Vaccination in the Punjab 1883-1896 - 1883-1896
Year: 1883
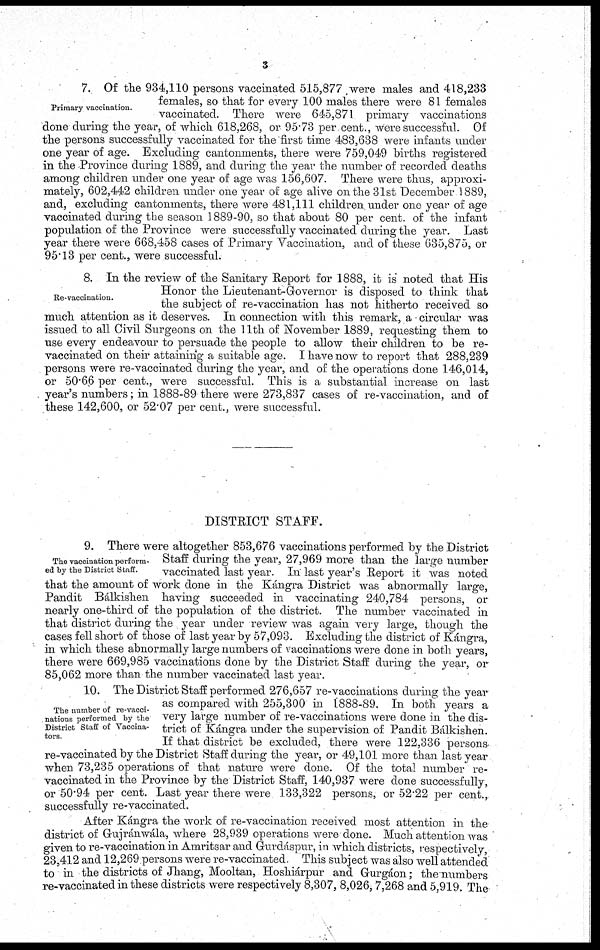
3
Primary vaccination.
7. Of the 934,110 persons vaccinated 515,877 were males and 418,233
females, so that for every 100 males there were 81 females
vaccinated. There were 645,871 primary vaccinations
done during the year, of which 618,268, or 95.73 per cent., were successful. Of
the persons successfully vaccinated for the first time 483,638 were infants under
one year of age. Excluding cantonments, there were 759,049 births registered
in the Province during 1889, and during the year the number of recorded deaths
among children under one year of age was 156,607. There were thus, approxi-
mately, 602,442 children under one year of age alive on the 31st December 1889,
and, excluding cantonments, there were 481,111 children under one year of age
vaccinated during the season 1889-90, so that about 80 per cent. of the infant
population of the Province were successfully vaccinated during the year. Last
year there were 668,458 cases of Primary Vaccination, and of these 635,875, or
95.13 per cent., were successful.
Re-vaccination.
8. In the review of the Sanitary Report for 1888, it is noted that His
Honor the Lieutenant-Governor is disposed to think that
the subject of re-vaccination has not hitherto received so
much attention as it deserves. In connection with this remark, a circular was
issued to all Civil Surgeons on the 11th of November 1889, requesting them to
use every endeavour to persuade the people to allow their children to be re-
vaccinated on their attaining a suitable age. I have now to report that 288,239
persons were re-vaccinated during the year, and of the operations done 146,014,
or 50.66 per cent., were successful. This is a substantial increase on last
year's numbers; in 1888-89 there were 273,837 cases of re-vaccination, and of
these 142,600, or 52.07 per cent., were successful.
DISTRICT STAFF.
The vaccination perform-
ed by the District Staff.
9. There were altogether 853,676 vaccinations performed by the District
Staff during the year, 27,969 more than the large number
vaccinated last year. In last year's Report it was noted
that the amount of work done in the Kángra District was abnormally large,
Pandit Bálkishen having succeeded in vaccinating 240,784 persons, or
nearly one-third of the population of the district. The number vaccinated in
that district during the year under review was again very large, though the
cases fell short of those of last year by 57,093. Excluding the district of Kángra,
in which these abnormally large numbers of vaccinations were done in both years,
there were 669,985 vaccinations done by the District Staff during the year, or
85,062 more than the number vaccinated last year.
The number of re-vacci-
nations performed by the
District Staff of Vaccina¬
tors.
10. The District Staff performed 276,657 re-vaccinations during the year
as compared with 255,300 in 1888-89. In both years a
very large number of re-vaccinations were done in the dis-
trict of Kángra under the supervision of Pandit Bálkishen.
If that district be excluded, there were 122,336 persons
re-vaccinated by the District Staff during the year, or 49,101 more than last year
when 73,235 operations of that nature were done. Of the total number re-
vaccinated in the Province by the District Staff, 140,937 were done successfully,
or 50.94 per cent. Last year there were 133,322 persons, or 52.22 per cent.,
successfully re-vaccinated.
After Kángra the work of re-vaccination received most attention in the
district of Gujránwála, where 28,939 operations were done. Much attention was
given to re-vaccination in Amritsar and Gurdáspur, in which districts, respectively,
23,412 and 12,269 persons were re-vaccinated. This subject was also well attended
to in the districts of Jhang, Mooltan, Hoshiárpur and Gurgáon ; the numbers
re-vaccinated in these districts were respectively 8,307, 8,026, 7,268 and 5,919. The